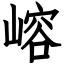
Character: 嵱